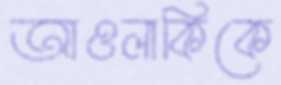
আওলাকিকে